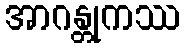
အာဂန္တုကဿ